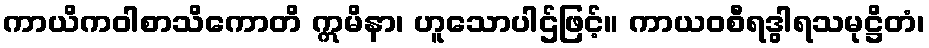
ကာယိကဝါစာသိကောတိ ဣမိနာ၊ ဟူသောပါဌ်ဖြင့်။ ကာယဝစီရဒွါရသမုဋ္ဌိတံ၊